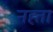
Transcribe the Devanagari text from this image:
नह्ता